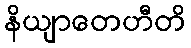
နိယျာတေဟီတိ